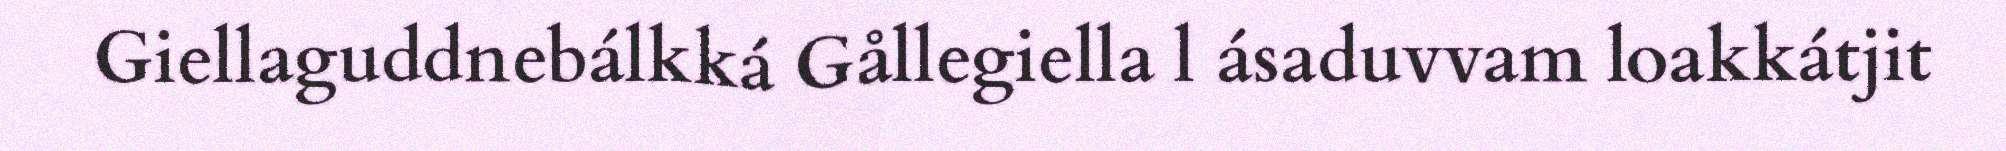
Giellaguddnebálkká Gållegiella l ásaduvvam loakkátjit